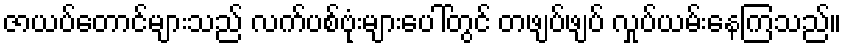
ဇာယပ်တောင်များသည် လက်ပစ်ဗုံးများပေါ်တွင် တဖျပ်ဖျပ် လှုပ်ယမ်းနေကြသည်။